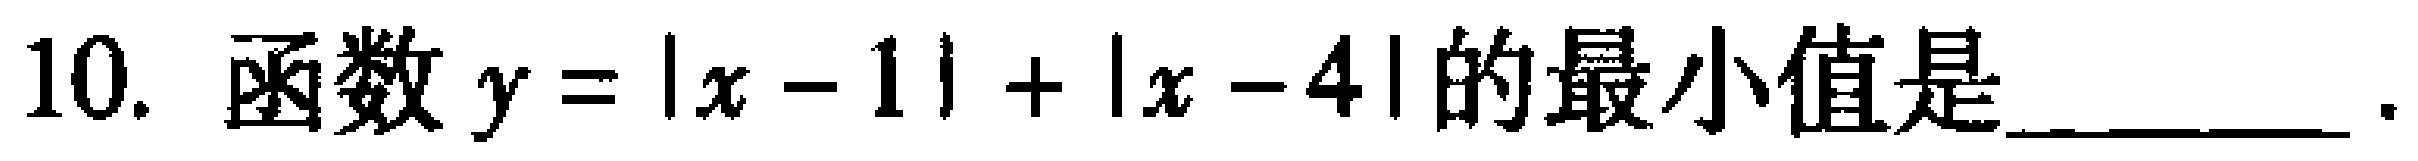
10. 函数\(y = |x - 1| + |x - 4|\)的最小值是________.